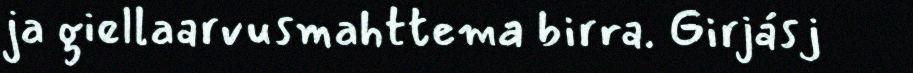
ja giellaarvusmahttema birra. Girjásj